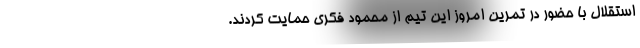
استقلال با حضور در تمرین امروز این تیم از محمود فکری حمایت کردند.